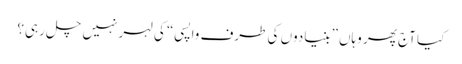
کیا آج پھر وہاں ”بنیادوں کی طرف واپسی“ کی لہر نہیں چل رہی؟